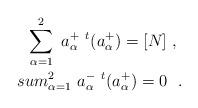
\begin{align*}\sum^2_{\alpha =1}\ a^+_\alpha\ ^t(a^+_\alpha )=[N]\ ,\ \\sum^2_{\alpha =1}\ a^-_\alpha\ ^t(a^+_\alpha )=0\ \ .\end{align*}